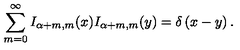
\sum _ { m = 0 } ^ { \infty } I _ { \alpha + m , m } ( x ) I _ { \alpha + m , m } ( y ) = \delta \left( x - y \right) .